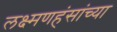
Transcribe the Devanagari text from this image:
लक्ष्मणहंसांच्या